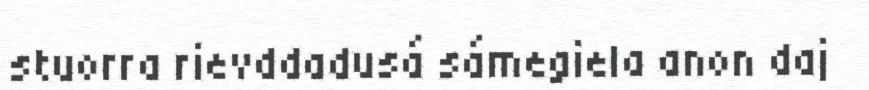
stuorra rievddadusá sámegiela anon daj